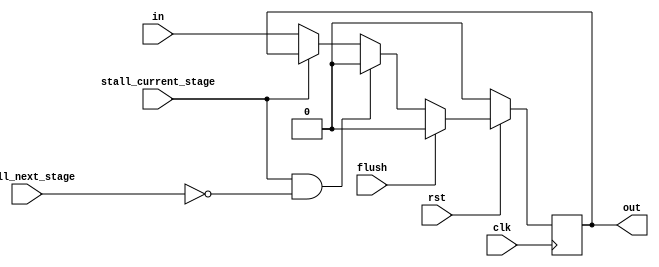
module PipelineDeliver #(parameter width = 1) (
    input clk,
    input rst,
    input flush,
    input stall_current_stage,
    input stall_next_stage,
    input [width - 1:0] in,
    output reg[width - 1:0] out
);

    always @(posedge clk) begin
        if (!rst) begin
            out <= 0;
        end
        else if (flush) begin
            out <= 0;
        end
        else if (stall_current_stage && !stall_next_stage) begin
            out <= 0;
        end
        else if (!stall_current_stage) begin
            out <= in;
        end
    end

endmodule